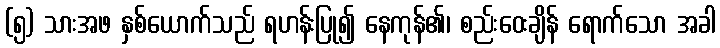
(၅) သားအဖ နှစ်ယောက်သည် ရဟန်းပြု၍ နေကုန်၏၊ စည်းဝေးချိန် ရောက်သော အခါ